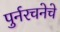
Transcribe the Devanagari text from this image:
पुर्नरचनेचे